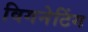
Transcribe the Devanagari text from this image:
विगनेटिंग